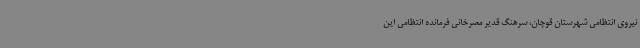
نیروی انتظامی شهرستان قوچان، سرهنگ قدیر مصرخانی فرمانده انتظامی این